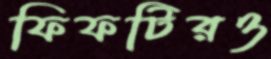
ফিফটিরও